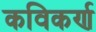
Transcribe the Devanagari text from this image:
कविकर्ण